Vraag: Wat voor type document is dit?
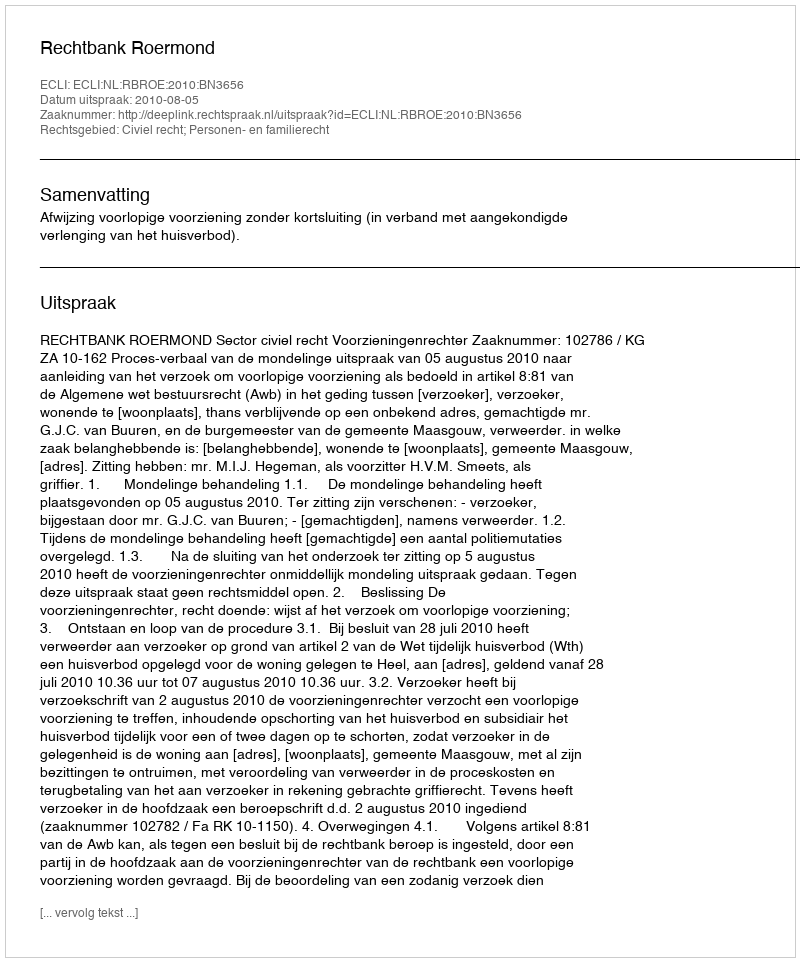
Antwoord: Uitspraak